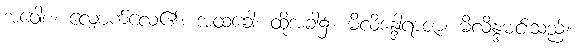
အဝေါစ၊ လျှောက်လေ၏။ အထခေါ၊ ထိုအခါ၌။ မိလိန္ဒေါရာဇာ၊ မိလိန္ဒမင်းသည်။